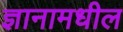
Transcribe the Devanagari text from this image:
ज्ञानामधील